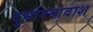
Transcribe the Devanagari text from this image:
दुर्भागयावाश